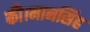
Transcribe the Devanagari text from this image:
की।मानसिंह